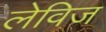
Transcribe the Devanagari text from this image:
लेविज